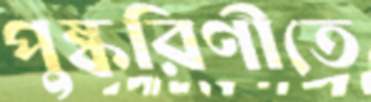
পুষ্করিণীতে